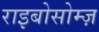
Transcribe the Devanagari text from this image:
राइबोसोम्ज़